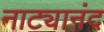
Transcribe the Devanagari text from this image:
नाट्यानंद